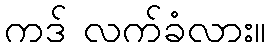
ကဒ် လက်ခံလား။